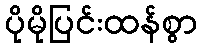
ပိုမိုပြင်းထန်စွာ